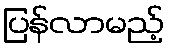
ပြန်လာမည့်